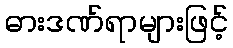
ဓားဒဏ်ရာများဖြင့်